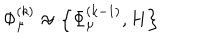
LaTeX: \Phi _ { \mu } ^ { ( k ) } \approx \left\{ \Phi _ { \mu } ^ { ( k - 1 ) } , H \right\}